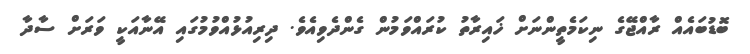
ބޮޑުބައެއް ރާއްޖޭގެ ނިކަމެތީންނަށް ޚައިރާތު ކުރައްވަމުން ގެންދެވިއެވެ. ދިރިއުޅުއްވުމުގައި އޭނާއަކީ ވަރަށް ސާދާ